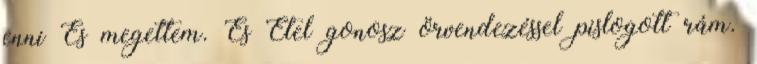
enni És megettem. És Etel gonosz örvendezéssel pislogott rám.